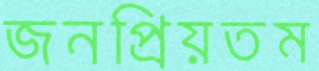
জনপ্রিয়তম